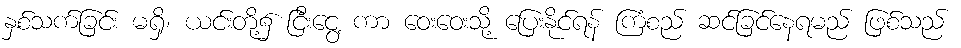
နှစ်သက်ခြင်း မရှိ၊ ယင်းတို့၌ ငြီးငွေ့ ကာ ဝေးဝေးသို့ ပြေးနိုင်ရန် ကြံစည် ဆင်ခြင်နေရမည် ဖြစ်သည်